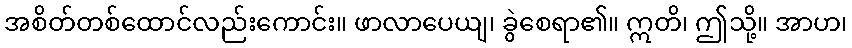
အစိတ်တစ်ထောင်လည်းကောင်း။ ဖာလာပေယျ၊ ခွဲစေရာ၏။ ဣတိ၊ ဤသို့။ အာဟ၊